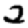
Digit: 2